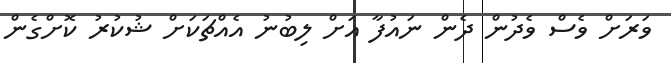
ވަރަށް ވެސް ވެދުން ދެން ނައުފާ އަށް ލިބުނު އެއްޗަކަށް ޝުކުރު ކޮށްގެން